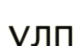
үлп